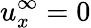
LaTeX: u_{x}^{\infty}=0